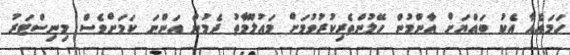
ހަމައެއާ އެކު ބައްޔަށް އާންމުން ހޭލުންތެރިކުރުވުމަށް މައުލޫމާތު ދެމުން އަންނަ ކަމަށްވެސް މިނިސްޓަރު